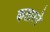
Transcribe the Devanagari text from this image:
कतारने